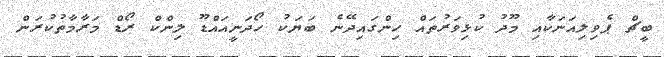
ބީޗް ޕެވިލިއަނަކާއި މޫދު ކުޅިވަރުތައް ހިންގައިދޭނެ ބަޔަކު ހޯދަނީއައްޑޫ ލިންކް ރޯޑް މަރާމާތުކުރަން